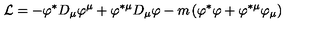
{ \cal L } = - \varphi ^ { \ast } D _ { \mu } \varphi ^ { \mu } + \varphi ^ { \ast \mu } D _ { \mu } \varphi - m \left( \varphi ^ { \ast } \varphi + \varphi ^ { \ast \mu } \varphi _ { \mu } \right)